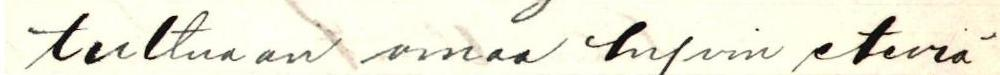
tultuaan omaa hyvin eteviä